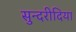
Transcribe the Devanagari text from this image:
सुन्दरीदिया